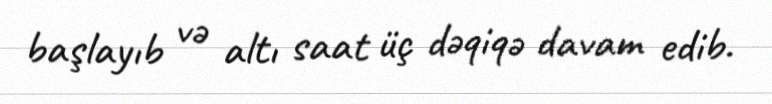
başlayıb və altı saat üç dəqiqə davam edib.